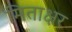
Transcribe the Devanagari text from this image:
मिताक्षर